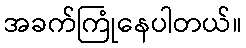
အခက်ကြုံနေပါတယ်။